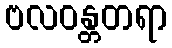
ဗလဝန္တတရာ